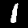
Digit: 1